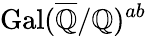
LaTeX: {\mathrm{Gal}}({\overline{{\mathbb{Q}}}}/\mathbb{Q})^{ab}